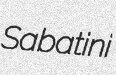
Sabatini